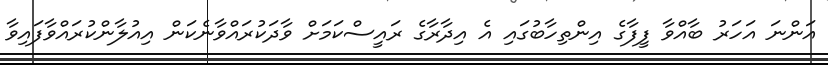
އަންނަ އަހަރު ބާއްވާ ފީފާގެ އިންތިހާބުގައި އެ އިދާރާގެ ރައީސްކަމަށް ވާދަކުރައްވާނެކަން އިއުލާންކުރައްވާފައިވާ